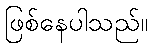
ဖြစ်နေပါသည်။